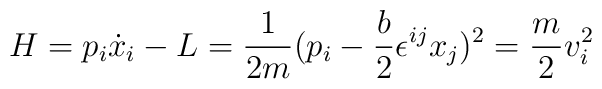
H=p_i\dot{x}_i-L=\frac{1}{2m}(p_i-\frac{b}{2}\epsilon^{ij}x_j)^2=\frac{m}{2}v_i^2